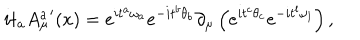
i { t } _ { a } { A _ { \mu } ^ { a } } ^ { \prime } ( x ) = e ^ { i { t } ^ { a } { \omega } _ { a } } e ^ { - i { t } ^ { b } { \theta } _ { b } } \partial _ { \mu } \left( e ^ { i { t } ^ { c } { \theta } _ { c } } e ^ { - i { t } ^ { l } { \omega } _ { l } } \right) ,